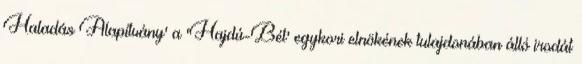
Haladás Alapítvány' a 'Hajdú-Bét' egykori elnökének tulajdonában álló irodát